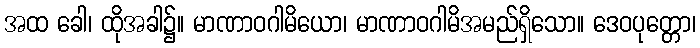
အထ ခေါ၊ ထိုအခါ၌။ မာဏာဝဂါမိယော၊ မာဏာဝဂါမိအမည်ရှိသော။ ဒေဝပုတ္တော၊